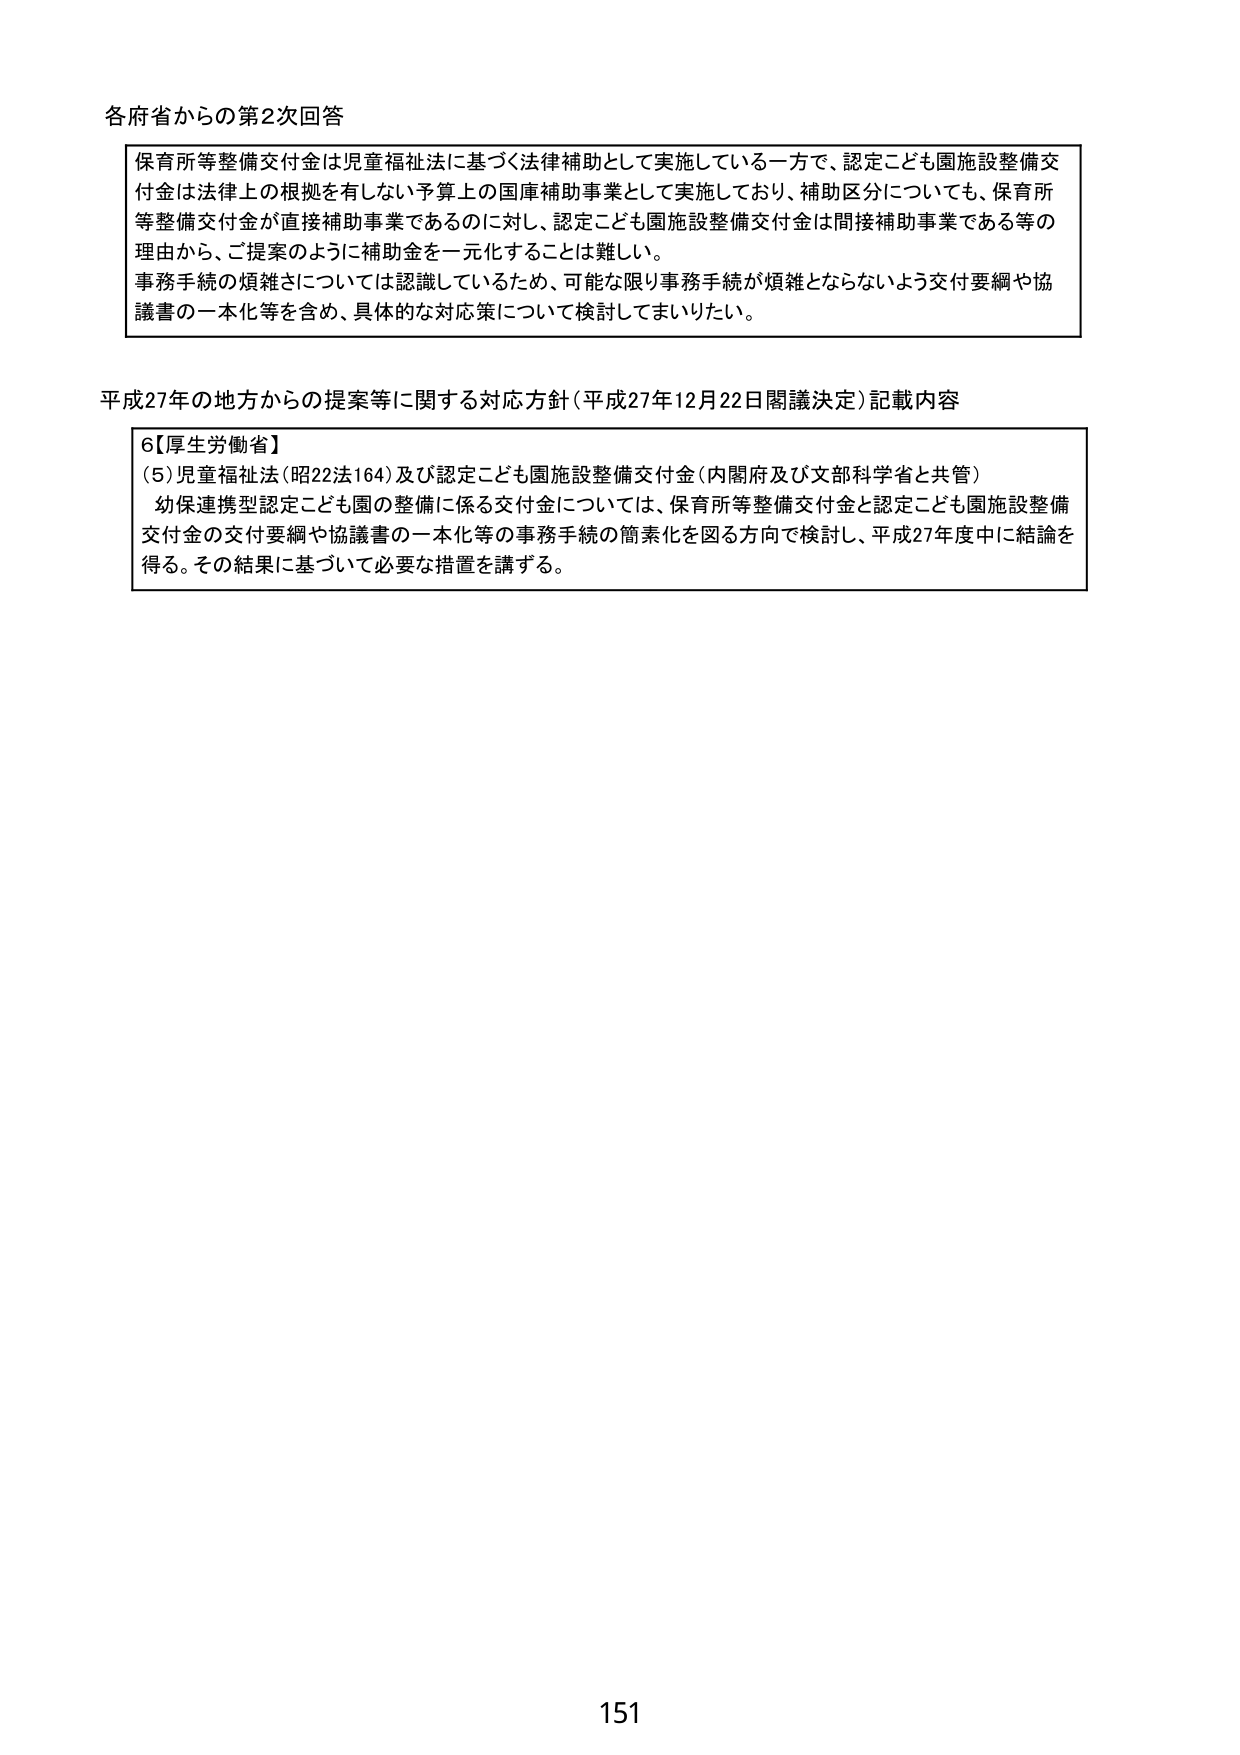
各府省からの第2次回答

保育所等整備交付金は児童福祉法に基づく法律補助として実施している一方で、認定こども園施設整備交付金は法律上の根拠を有しない予算上の国庫補助事業として実施しており、補助区分についても、保育所等整備交付金が直接補助事業であるのに対し、認定こども園施設整備交付金は間接補助事業である等の理由から、ご提案のように補助金を一元化することは難しい。
事務手続の煩雑さについては認識しているため、可能な限り事務手続が煩雑とならないよう交付要綱や協議書の一本化等を含め、具体的な対応策について検討してまいりたい。

平成27年の地方からの提案等に関する対応方針（平成27年12月22日閣議決定）記載内容

6【厚生労働省】
(5) 児童福祉法（昭22法164）及び認定こども園施設整備交付金（内閣府及び文部科学省と共管）
幼保連携型認定こども園の整備に係る交付金については、保育所等整備交付金と認定こども園施設整備交付金の交付要綱や協議書の一本化等の事務手続の簡素化を図る方向で検討し、平成27年度中に結論を得る。その結果に基づいて必要な措置を講ずる。

151